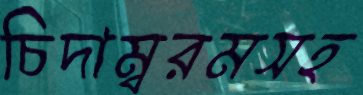
চিদাম্বরমসহ